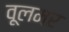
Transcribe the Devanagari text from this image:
वूलमर